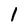
Character: 1